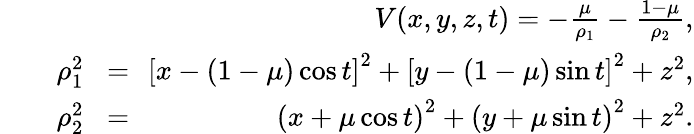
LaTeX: \begin{array}{rlr}&{}&{V(x,y,z,t)=-\frac{\mu}{\rho_{1}}-\frac{1-\mu}{\rho_{2}},}\\ {\qquad\rho_{1}^{2}}&{\! =\! \! }&{{\left[x-(1-\mu)\cos{t}\right]}^{2}+{\left[y-(1-\mu)\sin{t}\right]}^{2}+z^{2},}\\ {\qquad\rho_{2}^{2}}&{\! =\! \! }&{{\left(x+\mu\cos{t}\right)}^{2}+{\left(y+\mu\sin{t}\right)}^{2}+z^{2}.}\end{array}